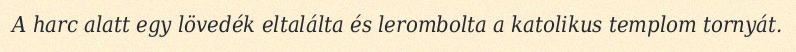
A harc alatt egy lövedék eltalálta és lerombolta a katolikus templom tornyát.